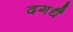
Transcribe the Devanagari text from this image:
दगधै